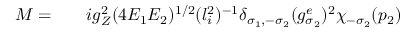
\begin{array} { r l r } { { \cal M } = } & { { } } & { i g _ { Z } ^ { 2 } ( 4 E _ { 1 } E _ { 2 } ) ^ { 1 / 2 } ( l _ { i } ^ { 2 } ) ^ { - 1 } \delta _ { \sigma _ { 1 } , - \sigma _ { 2 } } ( g _ { \sigma _ { 2 } } ^ { e } ) ^ { 2 } \chi _ { - \sigma _ { 2 } } ( p _ { 2 } ) } \end{array}